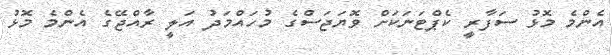
އެންމެ މޮޅު ސަފާރީ ކެޕްޓަނަކަށް ވޮޔަޖަސްގެ މުހައްމަދު އަލީ ރާއްޖޭގެ އެންމެ މޮޅު